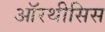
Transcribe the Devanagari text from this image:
ऑरथीसिस